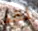
لقد